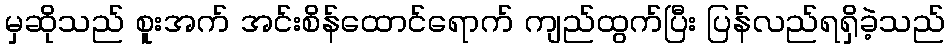
မှဆိုသည် စူးအက် အင်းစိန်ထောင်ရောက် ကျည်ထွက်ပြီး ပြန်လည်ရရှိခဲ့သည်